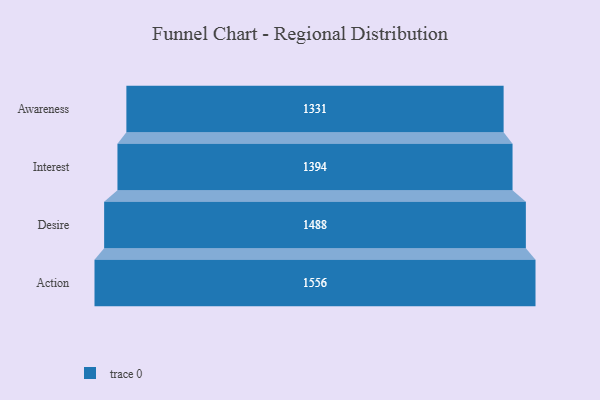
{"axis": {"x": "Stage", "y": "Value"}, "legend": [""], "data": [{"x": "Awareness", "y": 1331.0, "type": ""}, {"x": "Interest", "y": 1394.0, "type": ""}, {"x": "Desire", "y": 1488.0, "type": ""}, {"x": "Action", "y": 1556.0, "type": ""}]}